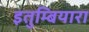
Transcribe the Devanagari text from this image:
इतुम्बियारा